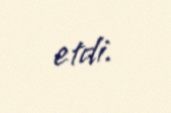
etdi.